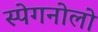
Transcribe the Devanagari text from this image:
स्पेगनोलो